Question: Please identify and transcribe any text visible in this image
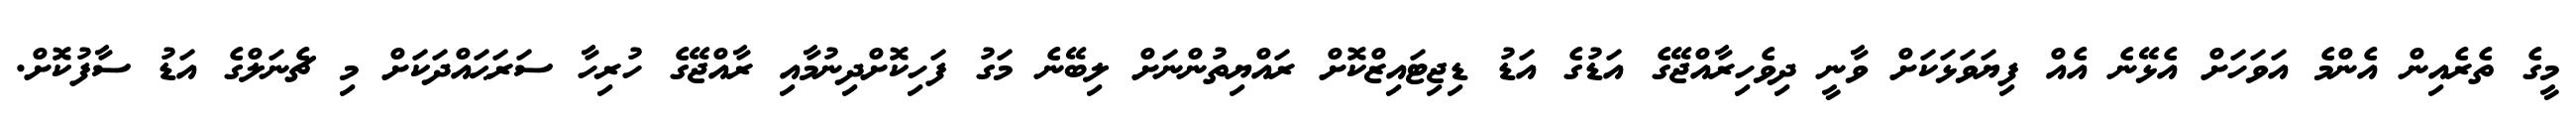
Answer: މީގެ ތެރެއިން އެންމެ އަވަހަށް އެޅޭނެ އެއް ފިޔަވަޅަކަށް ވާނީ ދިވެހިރާއްޖޭގެ އަޑުގެ އަޑު ޑިޖިޓައިޒްކޮށް ރައްޔިތުންނަށް ލިބޭނެ މަގު ފަހިކޮށްދިނުމާއި ރާއްޖޭގެ ހުރިހާ ސަރަޙައްދަކަށް މި ޗެނަލްގެ އަޑު ސާފުކޮށް.